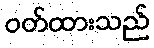
ဝတ်ထားသည်